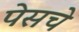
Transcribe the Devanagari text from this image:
पेसचे